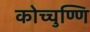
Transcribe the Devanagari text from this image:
कोच्चुण्णि